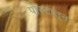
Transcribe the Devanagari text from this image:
पोस्टातून